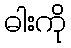
ဓါးကို